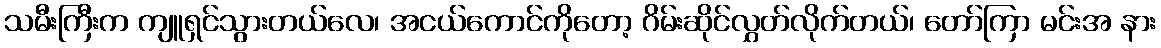
သမီးကြီးက ကျူရှင်သွားတယ်လေ၊ အငယ်ကောင်ကိုတော့ ဂိမ်းဆိုင်လွှတ်လိုက်တယ်၊ တော်ကြာ မင်းအ နား